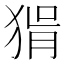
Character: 𤟕